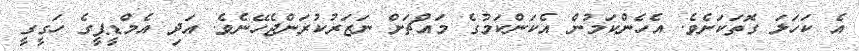
އެ ކަހަލަ ގޮތަކަށެވެ. އެހެންކަމުން އެކަންކަމުގެ މައްޗަށް ނަޒަރުކުރަންޖެހޭނެވެ. އަދި އެމްޑީޕީގެ ހަގީގީ